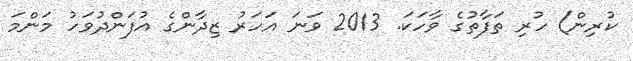
ކުރިން) ހުރި ތަފާތުގެ ވާހަކަ. 2013 ވަނަ އަހަރު ޒިދާންގެ އުފަންދުވަހު މަންމަ